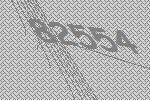
82554